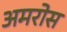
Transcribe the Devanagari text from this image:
अमरोस